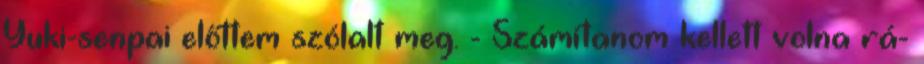
Yuki-senpai előttem szólalt meg. - Számítanom kellett volna rá-